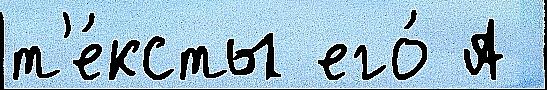
т'е́ксты его́ А